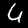
Label: 4